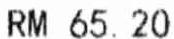
RM 65.20